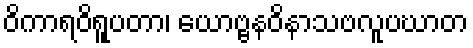
ဝိကာရဝိရူပတာ၊ ယောဗ္ဗနဝိနာသဗလူပဃာတ